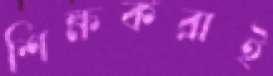
শিক্ষকরাই